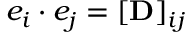
e _ { i } \cdot e _ { j } = [ \mathbf { D } ] _ { i j }